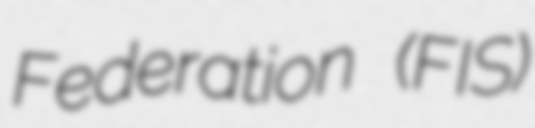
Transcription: Federation (FIS)